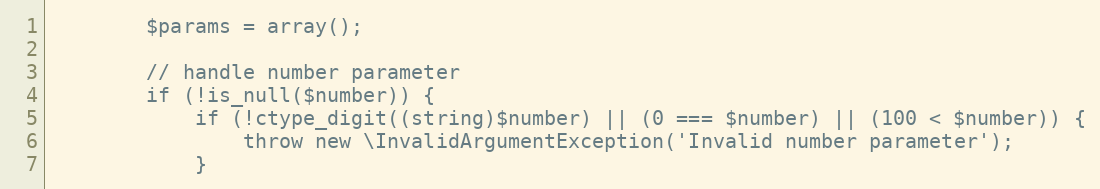
Language: PHP
        $params = array();

        // handle number parameter
        if (!is_null($number)) {
            if (!ctype_digit((string)$number) || (0 === $number) || (100 < $number)) {
                throw new \InvalidArgumentException('Invalid number parameter');
            }